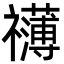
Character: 𮂣